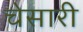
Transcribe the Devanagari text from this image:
चेसारी